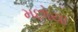
મછોયા